Report on enteric fever
Disease focus: Fever
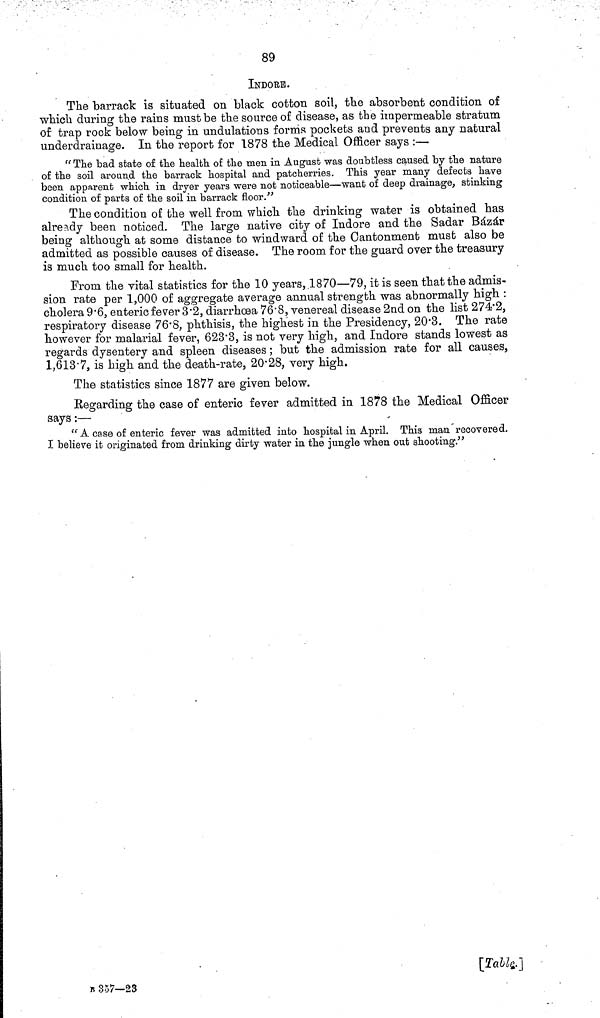
89
INDORE.
The barrack is situated on black cotton soil, the absorbent condition of
which during the rains must be the source of disease, as the impermeable stratum
of trap rock below being in undulations forms pockets and prevents any natural
underdrainage. In the report for 1878 the Medical Officer says :—
"The had state of the health of the men in August was doubtless caused by the nature
of the soil around the barrack hospital and patcherries. This year many defects have
been apparent which in dryer years were not noticeable—want of deep drainage, stinking
condition of parts of the soil in barrack floor."
The condition of the well from which the drinking water is obtained has
already been noticed. The large native city of Indore and the Sadar Bázár
being although at some distance to windward of the Cantonment must also be
admitted as possible causes of disease. The room for the guard over the treasury
is much too small for health.
From the vital statistics for the 10 years, 1870—79, it is seen that the admis-
sion rate per 1,000 of aggregate average annual strength was abnormally high :
cholera 9·6, enteric fever 3·2, diarrhoea 76·8, venereal disease 2nd on the list 274·2,
respiratory disease 76·8, phthisis, the highest in the Presidency, 20·3. The rate
however for malarial fever, 623·3, is not very high, and Indore stands lowest as
regards dysentery and spleen diseases; but the admission rate for all causes,
1,613·7, is high and the death rate, 20·28, very high.
The statistics since 1877 are given below.
Regarding the case of enteric fever admitted in 1878 the Medical Officer
says:—
"A case of enteric fever was admitted into hospital in April. This man recovered.
I believe it originated from drinking dirty water in the jungle when out shooting."
[Table.]
B 357—23